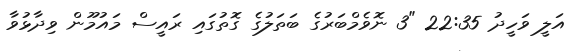
އަލީ ވަހީދު 22:35 "3 ނޮވެމްބަރުގެ ބަތަލުގެ ގޮތުގައި ރައީސް މައުމޫން ވިދާޅުވާ